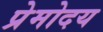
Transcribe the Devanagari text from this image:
प्रेमोदय